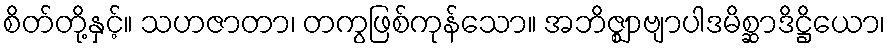
စိတ်တို့နှင့်။ သဟဇာတာ၊ တကွဖြစ်ကုန်သော။ အဘိဇ္ဈာဗျာပါဒမိစ္ဆာဒိဋ္ဌိယော၊